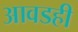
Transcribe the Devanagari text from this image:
आवडही